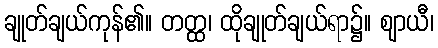
ချုတ်ချယ်ကုန်၏။ တတ္ထ၊ ထိုချုတ်ချယ်ရာ၌။ ဈာယီ၊